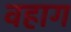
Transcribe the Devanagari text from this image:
वहाग